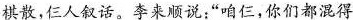
棋散,仨人叙话。李来顺说:“咱仨,你们都混得